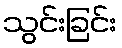
သွင်းခြင်း